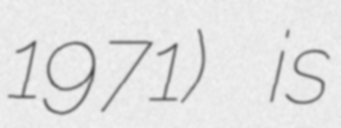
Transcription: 1971) is